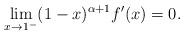
LaTeX: \begin{align*}\lim_{x\rightarrow1^{-}}(1-x)^{\alpha+1}f^{\prime}(x)=0.\end{align*}